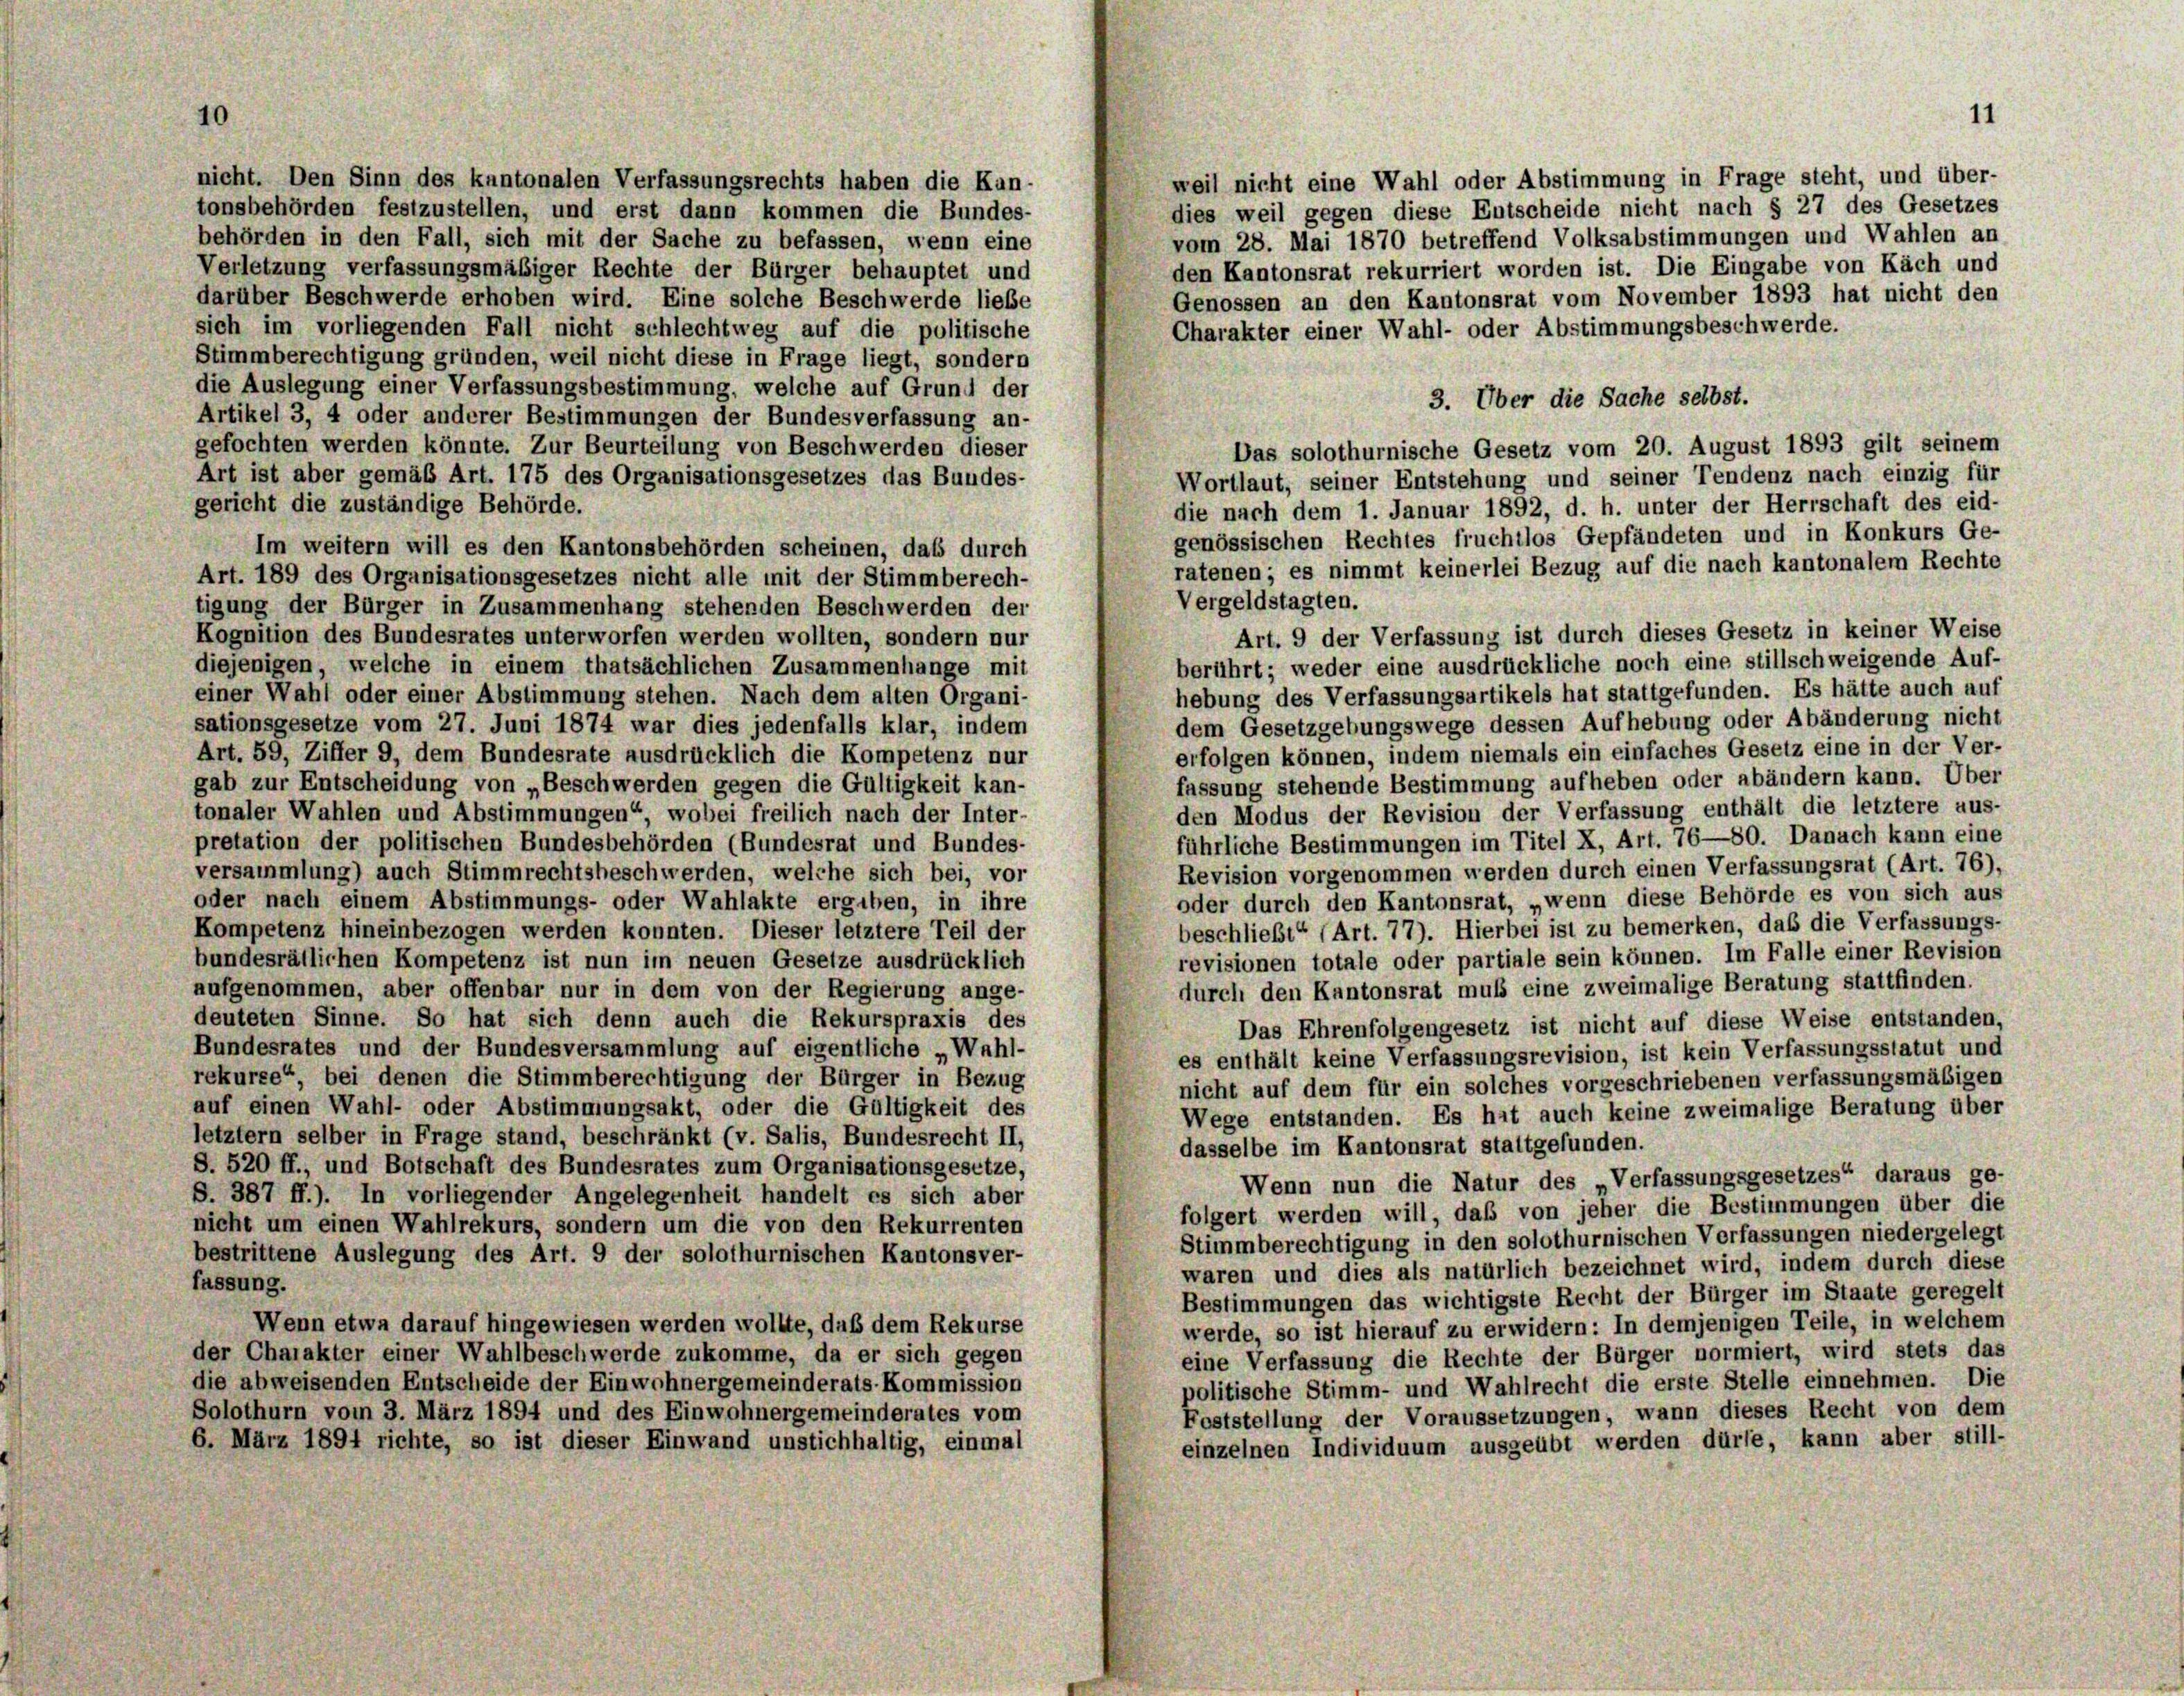
10

nicht. Den Sinn des kantonalen Verfassungsrechts haben die Kun-

11

weil nicht eine Wahl oder Abstimmung in Frage steht, und über-
tonsbehörden festzustellen, und erst dann kommen die Bundes-
dies weil gegen diese Entscheide nicht nach § 27 des Gesetzes
vom 28. Mai 1870 betreffend Volksabstimmungen und Wahlen an
behörden in den Fall, sich mit der Sache zu befassen, wenn eine
Verletzung verfassungsmäßiger Rechte der Bürger behauptet und
den Kantonsrat rekurriert worden ist. Die Eingabe von Käch und
darüber Beschwerde erhoben wird. Eine solche Beschwerde liebe
Genossen an den Kantonsrat vom November 1893 hat nicht den
sich im vorliegenden Fall nicht schlechtweg auf die politische
Charakter einer Wahl- oder Abstimmungsbeschwerde.
Stimmberechtigung gründen, weil nicht diese in Frage liegt, sondern
die Auslegung einer Verfassungsbestimmung, welche auf Grund der
3. Über die Sache selbst.
Artikel 3, 4 oder anderer Bestimmungen der Bundesverfassung an-
gefochten werden könnte. Zur Beurteilung von Beschwerden dieser
Das solothurnische Gesetz vom 20. August 1893 gilt seinem
Art ist aber gemäß Art. 175 des Organisationsgesetzes das Bundes-
Wortlaut, seiner Entstehung und seiner Tendenz nach einzig für
gericht die zuständige Behörde.
die nach dem 1. Januar 1892, d. h. unter der Herrschaft des eid-
genössischen Rechtes fruchtlos Gepfändeten und in Konkurs Ge-
Im weitern will es den Kantonsbehörden scheinen, daß durch
ratenen; es nimmt keinerlei Bezug auf die nach kantonalem Rechte
Art. 189 des Organisationsgesetzes nicht alle mit der Stimmberech-
Vergeldstagten.
tigung der Bürger in Zusammenhang stehenden Beschwerden der
Art. 9 der Verfassung ist durch dieses Gesetz in keiner Weise
Kognition des Bundesrates unterworfen werden wollten, sondern nur
berührt; weder eine ausdrückliche noch eine stillschweigende Auf-
diejenigen, welche in einem thatsächlichen Zusammenhänge mit
hebung des Verfassungsartikels hat stattgefunden. Es hätte auch auf
einer Wahl oder einer Abstimmung stehen. Nach dem alten Organi-
dem Gesetzgebungswege dessen Aufhebung oder Abänderung nicht
sationsgesetze vom 27. Juni 1874 war dies jedenfalls klar, indem
erfolgen können, indem niemals ein einfaches Gesetz eine in der Ver-
Art. 59, Ziffer 9, dem Bundesrate ausdrücklich die Kompetenz nur
fassung stehende Bestimmung aufheben oder abändern kann. Über
gab zur Entscheidung von „Beschwerden gegen die Gültigkeit kan-
den Modus der Revision der Verfassung enthält die letztere aus-
tonaler Wahlen und Abstimmungen“, wobei freilich nach der Inter-
führliche Bestimmungen im Titel X, Art. 76—80. Danach kann eine
pretation der politischen Bundesbehörden (Bundesrat und Bundes-
Revision vorgenommen werden durch einen Verfassungsrat (Art. 76),
versammlung) auch Stimmrechtsbeschwerden, welche sich bei, vor
oder durch den Kantonsrat, „wenn diese Behörde es von sich aus
oder nach einem Abstimmungs- oder Wahlakte ergeben, in ihre
beschließt (Art. 77). Hierbei ist zu bemerken, das die Verfassungs-
Kompetenz hineinbezogen werden konnten. Dieser letztere Teil der
revisionen totale oder partiale sein können. Im Falle einer Revision
bundesrätlichen Kompetenz ist nun im neuen Gesetze ausdrücklich
durch den Kantonsrat muss eine zweimalige Beratung stattfinden.
aufgenommen, aber offenbar nur in dem von der Regierung ange-
deuteten Sinne. So hat sich denn auch die Rekurspraxis des
Das Ehrenfolgengesetz ist nicht auf diese Weise entstanden,
Bundesrates und der Bundesversammlung auf eigentliche „Wahl-
es enthält keine Verfassungsrevision, ist kein Verfassungsstatut und
rekurse“, bei denen die Stimmberechtigung der Bürger in Bezug
nicht auf dem für ein solches vorgeschriebenen verfassungsmäßigen
auf einen Wahl- oder Abstimmungsakt, oder die Gültigkeit des
Wege entstanden. Es hat auch keine zweimalige Beratung über
letztem selber in Frage stand, beschränkt (v. Salis, Bundesrecht II,
dasselbe im Kantonsrat stattgefunden.
S. 520 ff., und Botschaft des Bundesrates zum Organisationsgesetze,
Wenn nun die Natur des „Verfassungsgesetzes“ daraus ge-
S. 387 ff.). In vorliegender Angelegenheit handelt es sich aber
folgert werden will, daß von jeher die Bestimmungen über die
nicht um einen Wahlrekurs, sondern um die von den Rekurrenten
Stimmberechtigung in den solothurnischen Verfassungen niedergelegt
bestrittene Auslegung des Art. 9 der solothurnischen Kantonsver-
waren und dies als natürlich bezeichnet wird, indem durch diese
fassung.
Bestimmungen das wichtigste Recht der Bürger im Staate geregelt
Wenn etwa darauf hingewiesen werden wollte, daß dem Rekurse
werde, so ist hierauf zu erwidern: In demjenigen Teile, in welchem
der Charakter einer Wahlbeschwerde zukomme, da er sich gegen
eine Verfassung die Rechte der Bürger normiert, wird stets das
die abweisenden Entscheide der Einwohnergemeinderats-Kommission
politische Stimm- und Wahlrecht die erste Stelle einnehmen. Die
Solothurn vom 3. März 1894 und des Einwohnergemeinderates vom
Foststellung der Voraussetzungen, wann dieses Recht von dem
6. März 1894 richte, so ist dieser Einwand unstichhaltig, einmal
einzelnen Individuum ausgeübt werden dürfe, kann aber still-